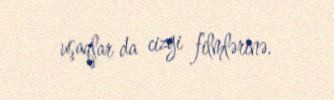
uşaqlar da cizgi filmlərinə.